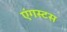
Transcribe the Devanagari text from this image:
एंगस्टस